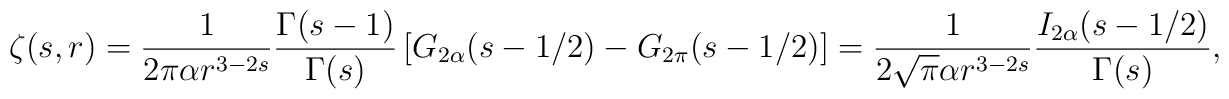
\zeta(s, r)=\frac{1}{2\pi \alpha  r^{3-2s}}\frac{\Gamma(s-1)}{\Gamma(s)}\left[G_{2\alpha}(s-1/2)-G_{2\pi}(s-1/2)\right]=\frac{1}{2\sqrt \pi \alpha r^{3-2s}}\frac{I_{2\alpha}(s-1/2)}{\Gamma(s)}{,}